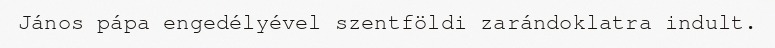
János pápa engedélyével szentföldi zarándoklatra indult.